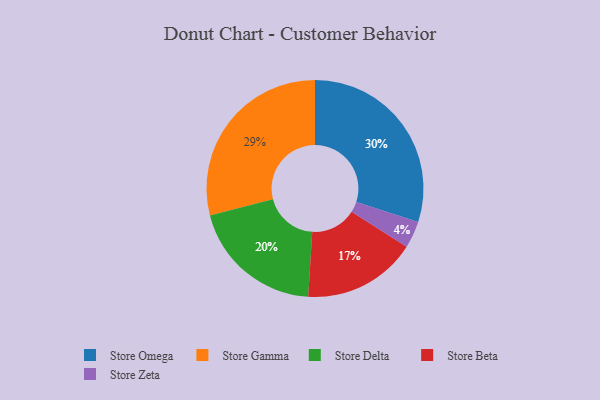
{"axis": {"x": "Category", "y": "Percentage"}, "legend": ["Store Beta", "Store Delta", "Store Gamma", "Store Omega", "Store Zeta"], "data": [{"x": "Store Gamma", "y": 29, "type": "Store Gamma"}, {"x": "Store Omega", "y": 30, "type": "Store Omega"}, {"x": "Store Zeta", "y": 4, "type": "Store Zeta"}, {"x": "Store Delta", "y": 20, "type": "Store Delta"}, {"x": "Store Beta", "y": 17, "type": "Store Beta"}]}